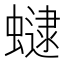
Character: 𧑔